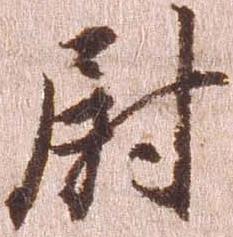
尉